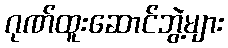
ဂုဏ်ထူးဆောင်ဘွဲ့များ